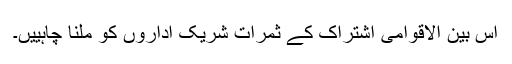
اس بین الاقوامی اشتراک کے ثمرات شریک اداروں کو ملنا چاہییں۔